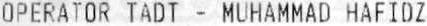
OPERATOR TADT - MUHAMMAD HAFIDZ